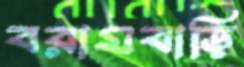
বরামবাড়ি